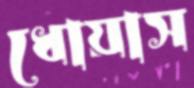
ধোয়াস